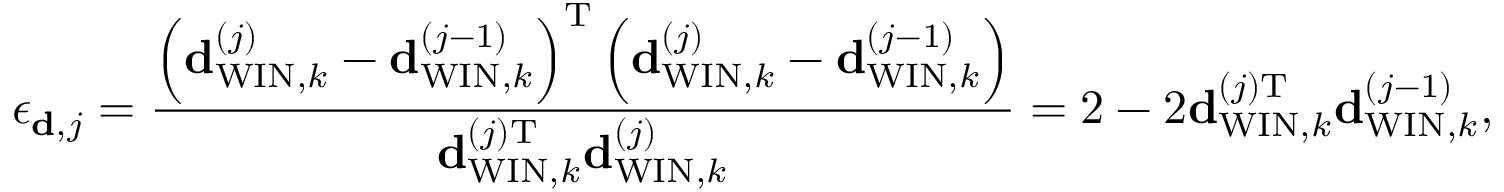
{ \epsilon _ { { \bf d } , j } } = \frac { \left( { \bf { d } } _ { \mathrm { W I N } , k } ^ { \left( j \right) } - { \bf { d } } _ { \mathrm { W I N } , k } ^ { \left( j - 1 \right) } \right) ^ { \mathrm { T } } \left( { \bf { d } } _ { \mathrm { W I N } , k } ^ { \left( j \right) } - { \bf { d } } _ { \mathrm { W I N } , k } ^ { \left( j - 1 \right) } \right) } { { \bf { d } } _ { \mathrm { W I N } , k } ^ { \left( j \right) \mathrm { T } } { \bf { d } } _ { \mathrm { W I N } , k } ^ { \left( j \right) } } = 2 - 2 { \bf { d } } _ { \mathrm { W I N } , k } ^ { \left( j \right) \mathrm { T } } { { \bf { d } } _ { \mathrm { W I N } , k } ^ { \left( j - 1 \right) } } ,